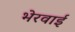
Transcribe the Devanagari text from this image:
भेरवाई